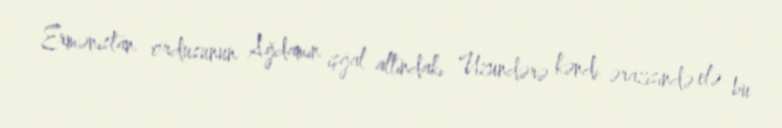
Ermənistan ordusunun Ağdamın işğal altındakı Uzundərə kəndi ərazisində elə bu